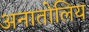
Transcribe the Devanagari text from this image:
अनातोलिय